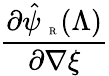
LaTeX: \frac{\partial\hat{\psi}_{\mathrm{~\tiny~R~}}(\Lambda)}{\partial{\nabla\xi}}